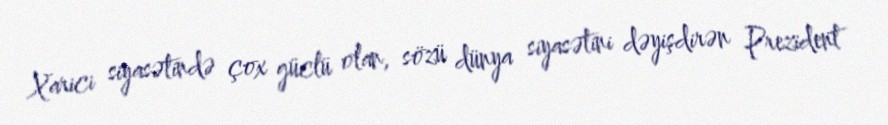
Xarici siyasətində çox güclü olan, sözü dünya siyasətini dəyişdirən Prezident